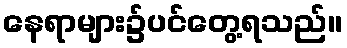
နေရာများ၌ပင်တွေ့ရသည်။